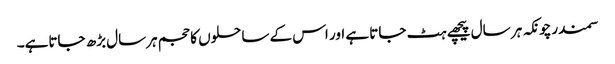
سمندرچونکہ ہر سال پیچھے ہٹ جاتا ہے اور اس کے ساحلوں کا حجم ہرسال بڑھ جاتاہے۔